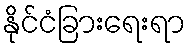
နိုင်ငံခြားရေးရာ